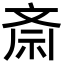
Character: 斎